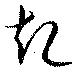
起